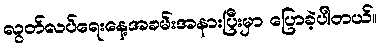
လွတ်လပ်ရေးနေ့အခမ်းအနားပြီးမှာ ပြောခဲ့ပါတယ်။